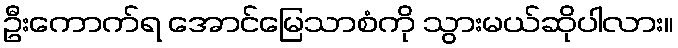
ဦးကောက်ရ အောင်မြေသာစံကို သွားမယ်ဆိုပါလား။